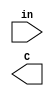
module functionB (input [3:0] in, output C);
    wire a1, a2, a3, b1;
    xor instanceXor(a1, in[3], in[2]);
    nand instanceNand (b1, in[3], in[1]);
    and instanceAnd (a2, b1, in[0]);
    nor instanceOr (a3, in[1], in[3]);

    or instanceOr1 (c, a1, a2, a3);
    endmodule